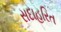
સદાહરિત